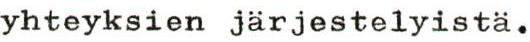
yhteyksien järjestelyistä.